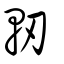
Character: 軔